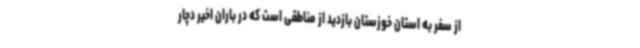
از سفر به استان خوزستان بازدید از مناطقی است که در باران اخیر دچار